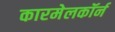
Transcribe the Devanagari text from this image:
कारमेलकॉर्न